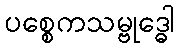
ပစ္စေကသမ္ဗုဒ္ဓေါ